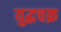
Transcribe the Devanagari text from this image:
युद्धचक्र